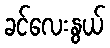
ခင်လေးနွယ်